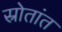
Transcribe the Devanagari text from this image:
स्रोतांत